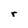
Character: r